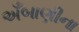
અઁબાણીના